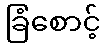
ခြံစောင့်